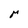
Character: r